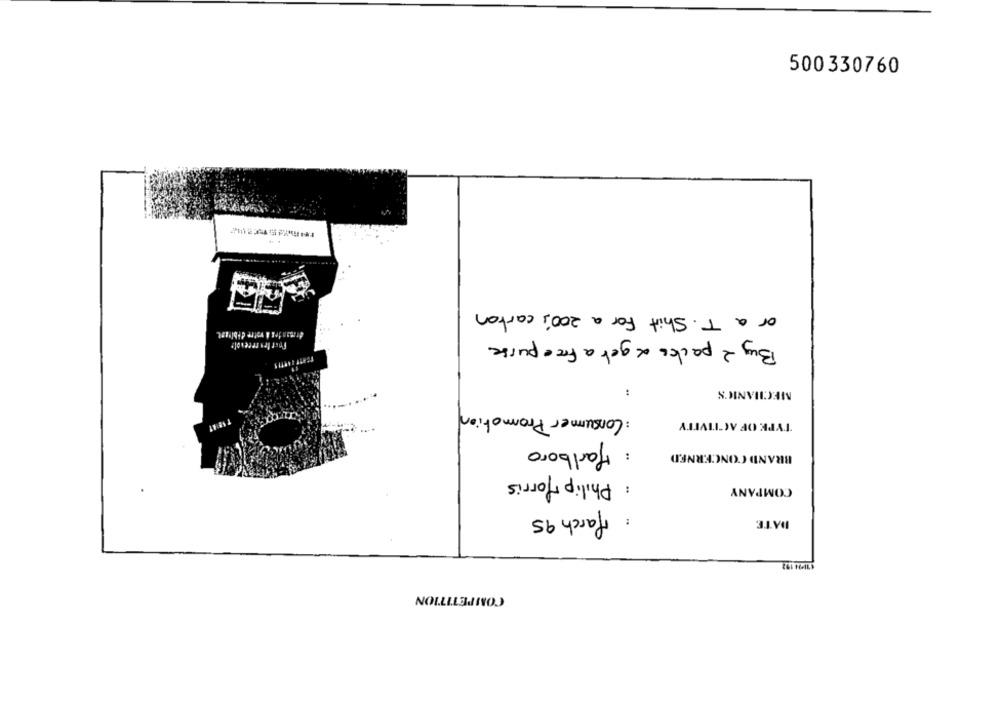
500330760
or a T. Shirt For a 200's carton
demandes & votre CFblyant.
Foot les reeevote
Buy 2 packs & get a free purse
MECHANIC'S
: Consumer Promotion
TYPE OF ACTIVITY
Marlboro
BRAND CONCERNED
: Philip Morris
COMPANY
: March 95
DATE
COMPETITION